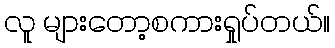
လူ များတော့စကားရှုပ်တယ်။